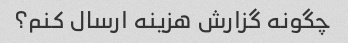
چگونه گزارش هزینه ارسال کنم؟